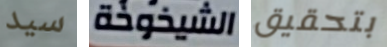
سيد الشيخوخة بتحقيق